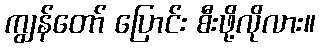
ကျွန်တော် ပြောင်း စီးဖို့လိုလား။